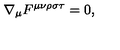
\nabla _ { \mu } F ^ { \mu \nu \rho \sigma \tau } = 0 ,